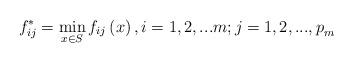
LaTeX: \begin{align*} f_{ij}^{*} =\min _{x\in S} f_{ij} \left(x\right),i=1,2,...m;j=1,2,...,p_{m}^{} \end{align*}